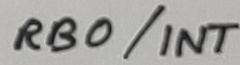
Text: RB0/INT